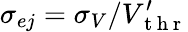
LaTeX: \sigma_{ej}=\sigma_{V}/V_{\mathrm{~t~h~r~}}^{\prime}